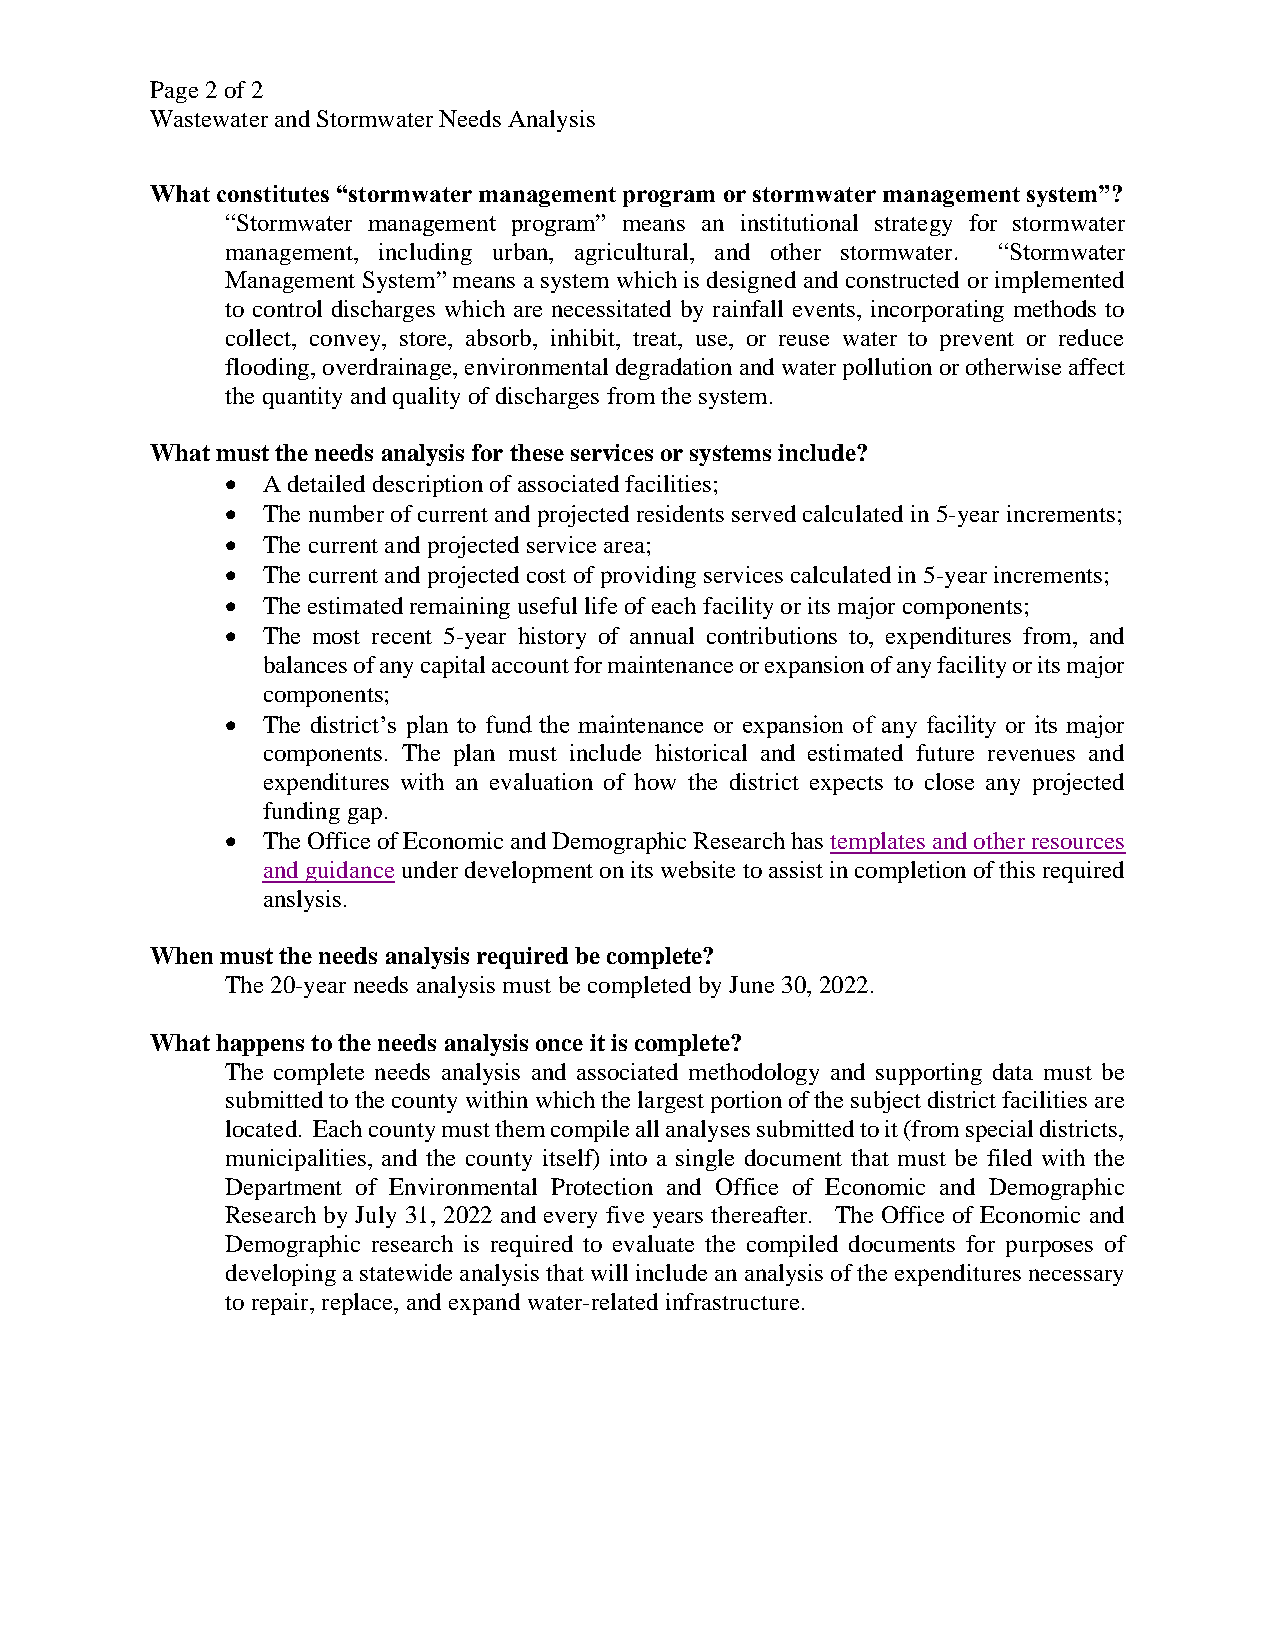
Page 2 of 2
 Wastewater and Stormwater Needs Analysis
 What constitutes “stormwater management program or stormwater management system”?
 “Stormwater management program” means an institutional strategy for stormwater
 management, including urban, agricultural, and other stormwater. “Stormwater
 Management System” means a system which is designed and constructed or implemented
 to control discharges which are necessitated by rainfall events, incorporating methods to
 collect, convey, store, absorb, inhibit, treat, use, or reuse water to prevent or reduce
 flooding, overdrainage, environmental degradation and water pollution or otherwise affect
 the quantity and quality of discharges from the system.
 What must the needs analysis for these services or systems include?
 • A detailed description of associated facilities;
 • The number of current and projected residents served calculated in 5-year increments;
 • The current and projected service area;
 • The current and projected cost of providing services calculated in 5-year increments;
 • The estimated remaining useful life of each facility or its major components;
 • The most recent 5-year history of annual contributions to, expenditures from, and
 balances of any capital account for maintenance or expansion of any facility or its major
 components;
 • The district’s plan to fund the maintenance or expansion of any facility or its major
 components. The plan must include historical and estimated future revenues and
 expenditures with an evaluation of how the district expects to close any projected
 funding gap.
 • The Office of Economic and Demographic Research has templates and other resources
 and guidance under development on its website to assist in completion of this required
 anslysis.
 When must the needs analysis required be complete?
 The 20-year needs analysis must be completed by June 30, 2022.
 What happens to the needs analysis once it is complete?
 The complete needs analysis and associated methodology and supporting data must be
 submitted to the county within which the largest portion of the subject district facilities are
 located. Each county must them compile all analyses submitted to it (from special districts,
 municipalities, and the county itself) into a single document that must be filed with the
 Department of Environmental Protection and Office of Economic and Demographic
 Research by July 31, 2022 and every five years thereafter. The Office of Economic and
 Demographic research is required to evaluate the compiled documents for purposes of
 developing a statewide analysis that will include an analysis of the expenditures necessary
 to repair, replace, and expand water-related infrastructure.